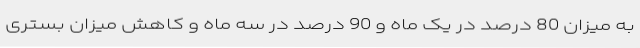
به میزان 80 درصد در یک ماه و 90 درصد در سه ماه و کاهش میزان بستری